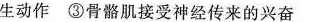
生动作③骨骼肌接受神经传来的兴奋